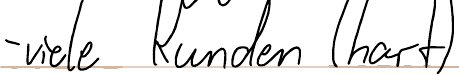
- viele Kunden (hart)